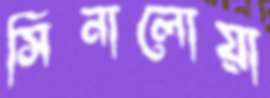
সিনালোয়া